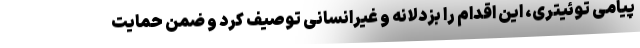
پیامی توئیتری، این اقدام را بزدلانه و غیرانسانی توصیف کرد و ضمن حمایت